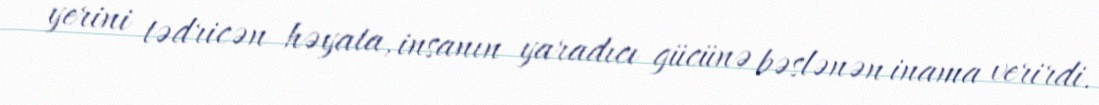
yerini tədricən həyata, insanın yaradıcı gücünə bəslənən inama verirdi.